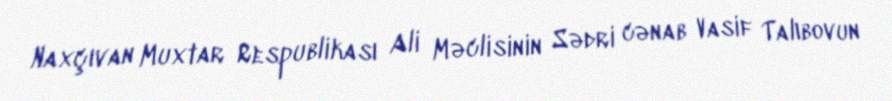
Naxçıvan Muxtar Respublikası Ali Məclisinin Sədri cənab Vasif Talıbovun